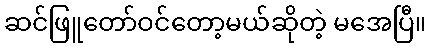
ဆင်ဖြူတော်ဝင်တော့မယ်ဆိုတဲ့ မအေပြီ။